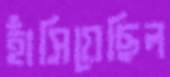
হাঁসিয়েছিল